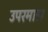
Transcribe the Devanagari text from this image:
उपरमाल